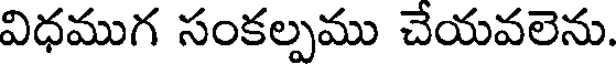
విధముగ సంకల్పము చేయవలెను.